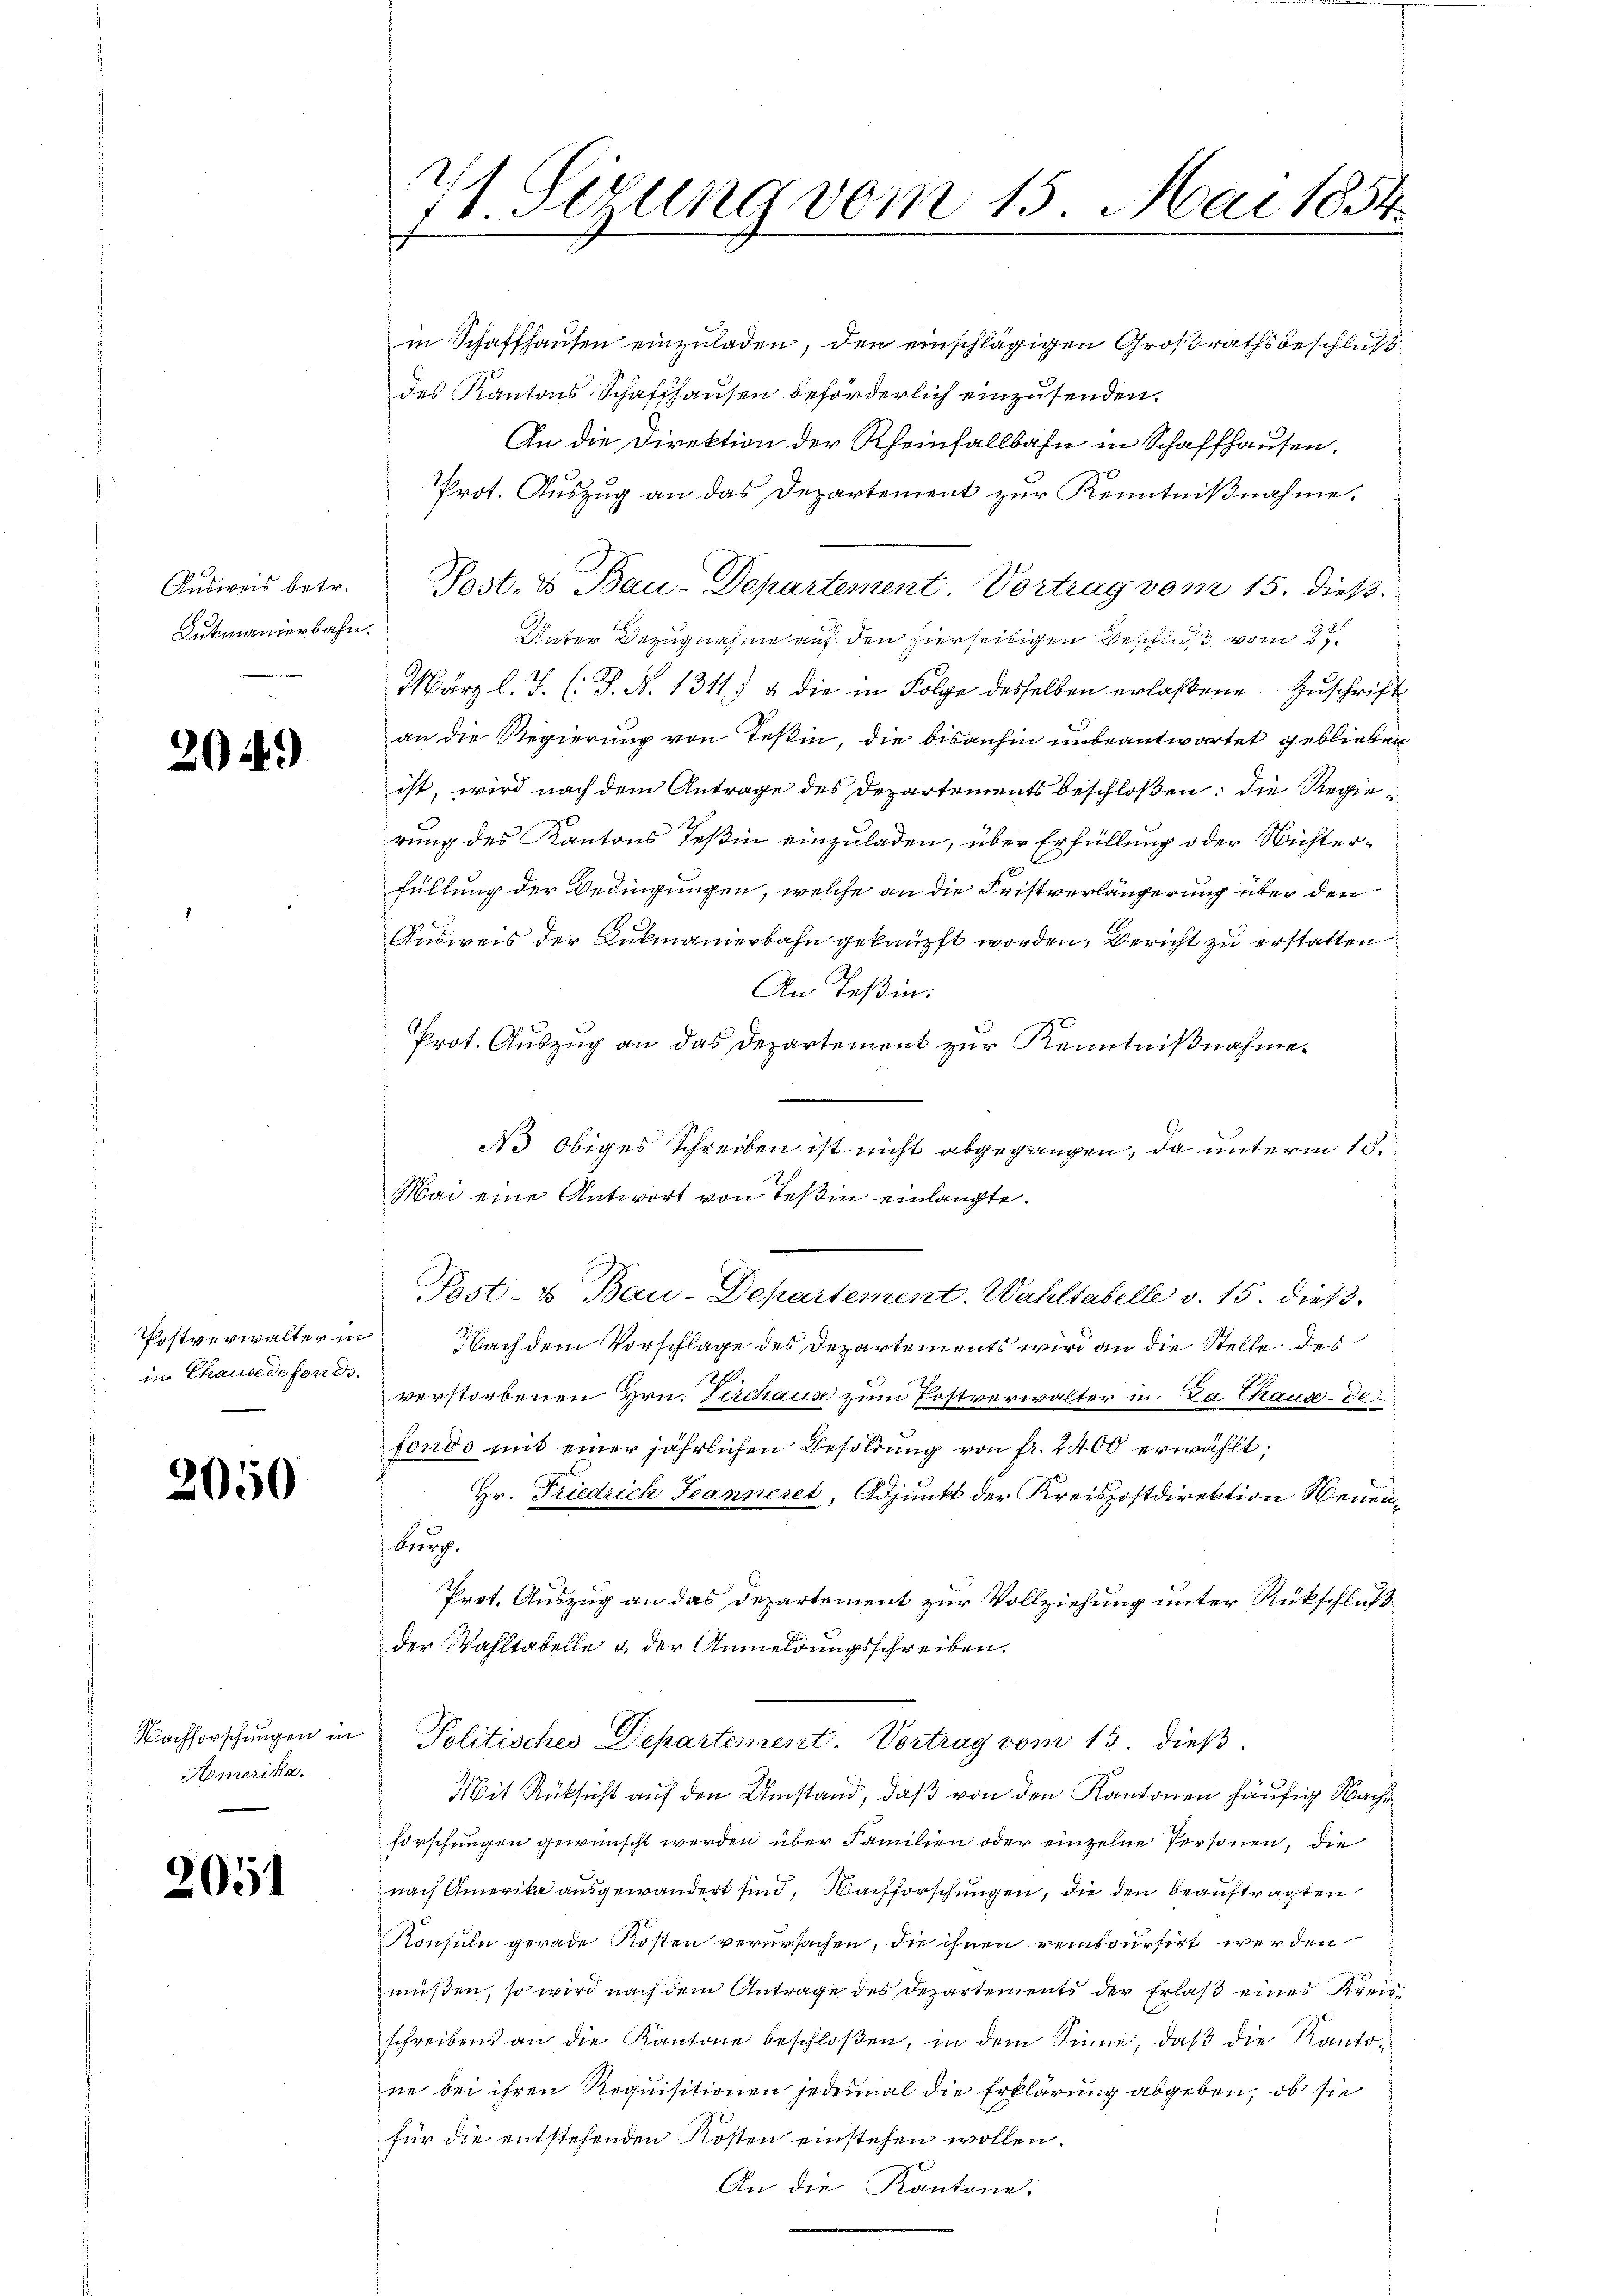
Lukmanierbahn.

204.)

in Chause defonds.

2050

Amerika.

2051

in Schaffhausen einzuladen, den einschlägigen Großrathsbeschluß
des Kantons Schaffhausen beförderlich einzusenden.
An die Direktion der Rheinfallbahn in Schaffhausen.
Prot. Auszug an das Departement zur Kenntnißnahme,
Unter Bezugnahme auf den hierseitigen Beschluß vom 3te
März l. J. (T. N. 1311) & die in Folge desselben erlaßene Zuschrift
an die Regierung von Teßin, die bisanhin unbeantwortet geblieben
ist, wird nach dem Antrage des Departements beschloßen: die Regierung des Kantons Teßin einzuladen, über Erfüllung oder Nichterfüllung der Bedingungen, welche an die Fristverlängerung über den
Ausweis der Lukmanierbahn geknüpft worden, Bericht zu erstatten
An Teßin.
Prot. Auszug an das Departement zur Kenntnißnahme.
N3 obiges Schreiben ist nicht abgegangen, da unterm 18.
Mai eine Antwort von Teßin einlangte.
Post- & Bau-Departement. Wahltabelle v. 15. dieß
Postverwalter in Nach dem Vorschlage des Departements wird an die Stelle des
188
verstorbenen Hrn. Kirchause zum Postverwalter in Da Chause de
fonds mit einer jährlichen Besoldung von fr. 2400 erwählt:
Hr. Friedrich Jeanneret, Adjunkt der Kreispostdirektion Neuen¬
Burg.
Prot. Auszug an das Departement zur Vollziehung unter Rückschluß
der Wahltabelle & der Anmeldungsschreiben.
Nachforschungen in Politisches Departement. Vortrag vom 15. dieß
Mit Rücksicht auf den Umstand, daß von den Kantonen häufig Nachforschungen gewünscht werden über Familien oder einzelne Personen, die
nach Amerika ausgewandert sind, Nachforschungen, die den beauftragten
Konsuln gerade Kosten verursachen, die ihnen remboursirt werden
müβen, so wird nach dem Antrage des Departements der Erlaβ eines Kreis-
schreibens an die Kantone beschloßen, in dem Sinne, daß die Kantone bei ihren Requisitionen jedesmal die Erklärung abgeben, ob sie
für die entstehenden Kosten einstehen wollen.
An die Kantone.

71. Sizung vom 15. Mai 1854.

Aŭsweis betr. Post. & Bau-Departement, Vortrag vom 15. dieß.